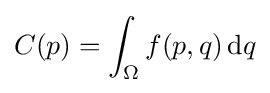
C(p)=\int _{\Omega }f(p,q)\,\mathrm {d} q